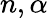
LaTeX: n,\alpha